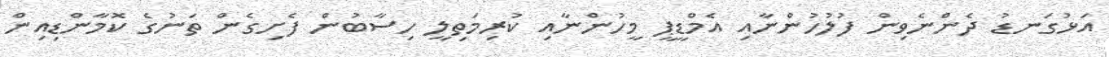
އަޅުގަނޑު ދެންނެވިން ފުލުހުންނާއި އެމްޑީޕީ މީހުންނާއި ކުރިމަތިލީ ހިސާބުން ފެށިގެން ތަނުގެ ކޮމާންޑިއިން